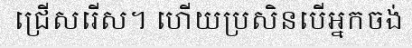
ជ្រើសរើស។ ហើយប្រសិនបើអ្នកចង់